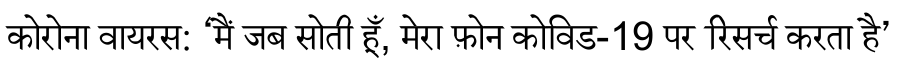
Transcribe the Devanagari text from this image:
कोरोना वायरस: ‘मैं जब सोती हूँ, मेरा फ़ोन कोविड-19 पर रिसर्च करता है’